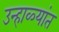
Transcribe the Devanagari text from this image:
उन्हाळ्यांत